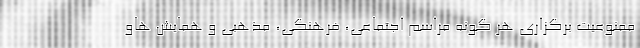
ممنوعیت برگزاری هر گونه مراسم اجتماعی، فرهنگی، مذهبی و همایش هاو